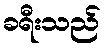
ခရီးသည်